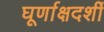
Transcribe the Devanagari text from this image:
घूर्णाक्षदर्शी